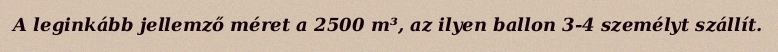
A leginkább jellemző méret a 2500 m³, az ilyen ballon 3-4 személyt szállít.